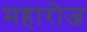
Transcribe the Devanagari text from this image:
महारोज